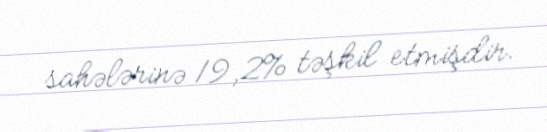
sahələrinə 19,2% təşkil etmişdir.